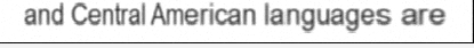
and Central American languages are